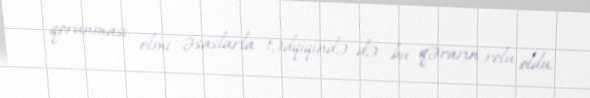
qorunması, elmi əsaslarla tədqiqində də bu qərarın rolu oldu.